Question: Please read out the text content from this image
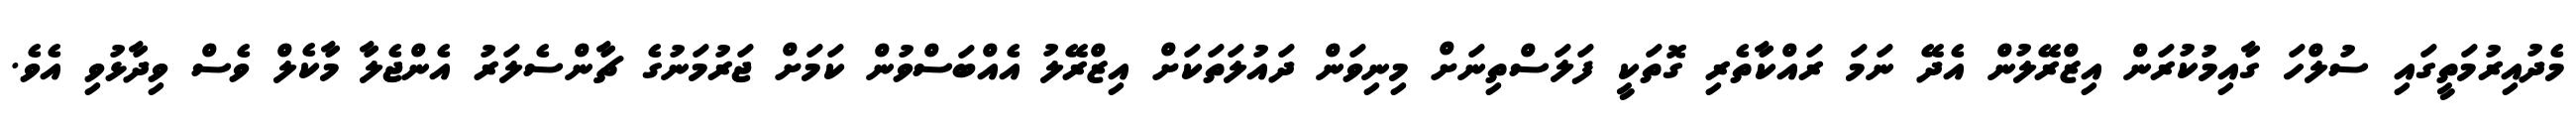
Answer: މެދުއިރުމަތީގައި ސުލްހަ ގާއިމުކުރަން އިޒްރޭލުން އެދޭ ނަމަ ރައްކާތެރި ގޮތަކީ ފަލަސްތިނަށް މިނިވަން ދައުލަތަކަށް އިޒްރޭލު އެއްބަސްވުން ކަމަށް ޖަރުމަނުގެ ޗާންސެލަރު އެންޖެލާ މާކެލް ވެސް ވިދާޅުވި އެވެ.